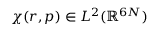
\chi ( r , p ) \in L ^ { 2 } ( \mathbb { R } ^ { 6 N } )